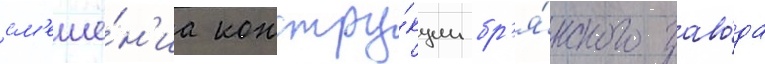
см'еше́н'иа констру́кции бр'я́нского заво́да